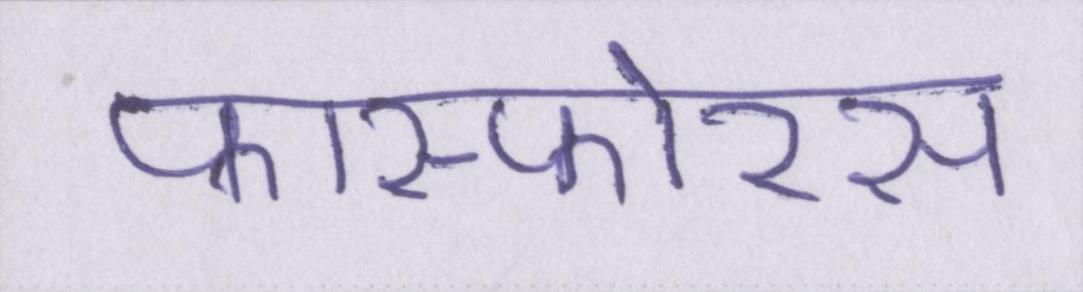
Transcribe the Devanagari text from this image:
फास्फोरस